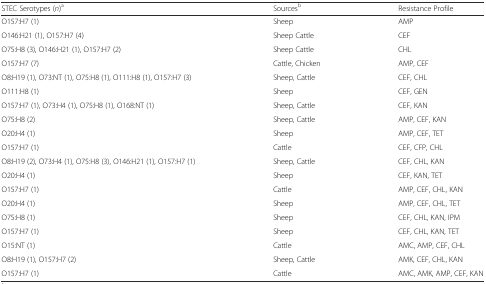
<table><thead><tr><td><b>STEC Serotypes (<i>n</i>)<sup>a</sup></b></td><td><b>Sources<sup>b</sup></b></td><td><b>Resistance Profile</b></td></tr></thead><tbody><tr><td>O157:H7 (1)</td><td>Sheep</td><td>AMP</td></tr><tr><td>O146:H21 (1), O157:H7 (4)</td><td>Sheep Cattle</td><td>CEF</td></tr><tr><td>O75:H8 (3), O146:H21 (1), O157:H7 (2)</td><td>Sheep Cattle</td><td>CHL</td></tr><tr><td>O157:H7 (7)</td><td>Cattle, Chicken</td><td>AMP, CEF</td></tr><tr><td>O8:H19 (1), O73:NT (1), O75:H8 (1), O111:H8 (1), O157:H7 (3)</td><td>Sheep, Cattle</td><td>CEF, CHL</td></tr><tr><td>O111:H8 (1)</td><td>Sheep</td><td>CEF, GEN</td></tr><tr><td>O157:H7 (1), O73:H4 (1), O75:H8 (1), O168:NT (1)</td><td>Sheep, Cattle</td><td>CEF, KAN</td></tr><tr><td>O75:H8 (2)</td><td>Sheep, Cattle</td><td>AMP, CEF, KAN</td></tr><tr><td>O20:H4 (1)</td><td>Sheep</td><td>AMP, CEF, TET</td></tr><tr><td>O157:H7 (1)</td><td>Cattle</td><td>CEF, CFP, CHL</td></tr><tr><td>O8:H19 (2), O73:H4 (1), O75:H8 (3), O146:H21 (1), O157:H7 (1)</td><td>Sheep, Cattle</td><td>CEF, CHL, KAN</td></tr><tr><td>O20:H4 (1)</td><td>Sheep</td><td>CEF, KAN, TET</td></tr><tr><td>O157:H7 (1)</td><td>Cattle</td><td>AMP, CEF, CHL, KAN</td></tr><tr><td>O20:H4 (1)</td><td>Sheep</td><td>AMP, CEF, CHL, TET</td></tr><tr><td>O75:H8 (1)</td><td>Sheep</td><td>CEF, CHL, KAN, IPM</td></tr><tr><td>O157:H7 (1)</td><td>Sheep</td><td>CEF, CHL, KAN, TET</td></tr><tr><td>O15:NT (1)</td><td>Cattle</td><td>AMC, AMP, CEF, CHL</td></tr><tr><td>O8:H19 (1), O157:H7 (2)</td><td>Sheep, Cattle</td><td>AMK, CEF, CHL, KAN</td></tr><tr><td>O157:H7 (1)</td><td>Cattle</td><td>AMC, AMK, AMP, CEF, KAN</td></tr></tbody></table>